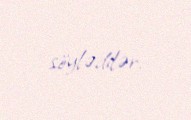
söylədilər.